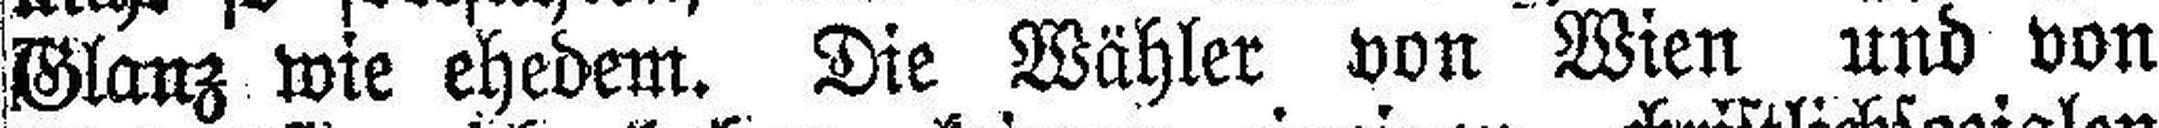
Glanz wie ehedem. Die Wähler von Wien und von